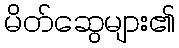
မိတ်ဆွေများ၏